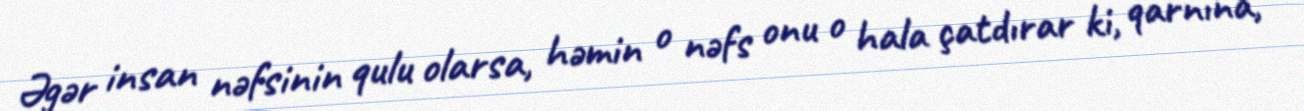
Əgər insan nəfsinin qulu olarsa, həmin o nəfs onu o hala çatdırar ki, qarnına,